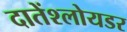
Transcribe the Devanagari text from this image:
दातेंश्लोयडर